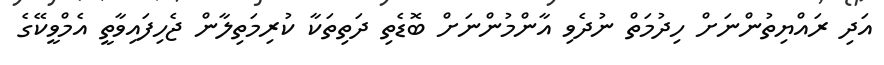
އަދި ރައްޔިތުންނަށް ހިދުމަތް ނުދެވި އާންމުންނަށް ބޮޑެތި ދަތިތަކާ ކުރިމަތިލާން ޖެހިފައިވާތީ އެމްވީކޭގެ